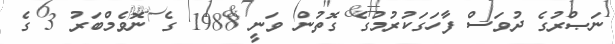
ނަޞްރުގެ ދުވަސް ފާހަގަކުރުމުގެ ގޮތުން ވަނީ 1988 ގެ ނޮވެމްބަރު 3 ގެ